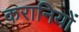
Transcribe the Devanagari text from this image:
करानियों